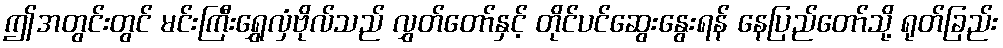
ဤအတွင်းတွင် မင်းကြီးရွှေလှံဗိုလ်သည် လွှတ်တော်နှင့် တိုင်ပင်ဆွေးနွေးရန် နေပြည်တော်သို့ ရုတ်ခြည်း